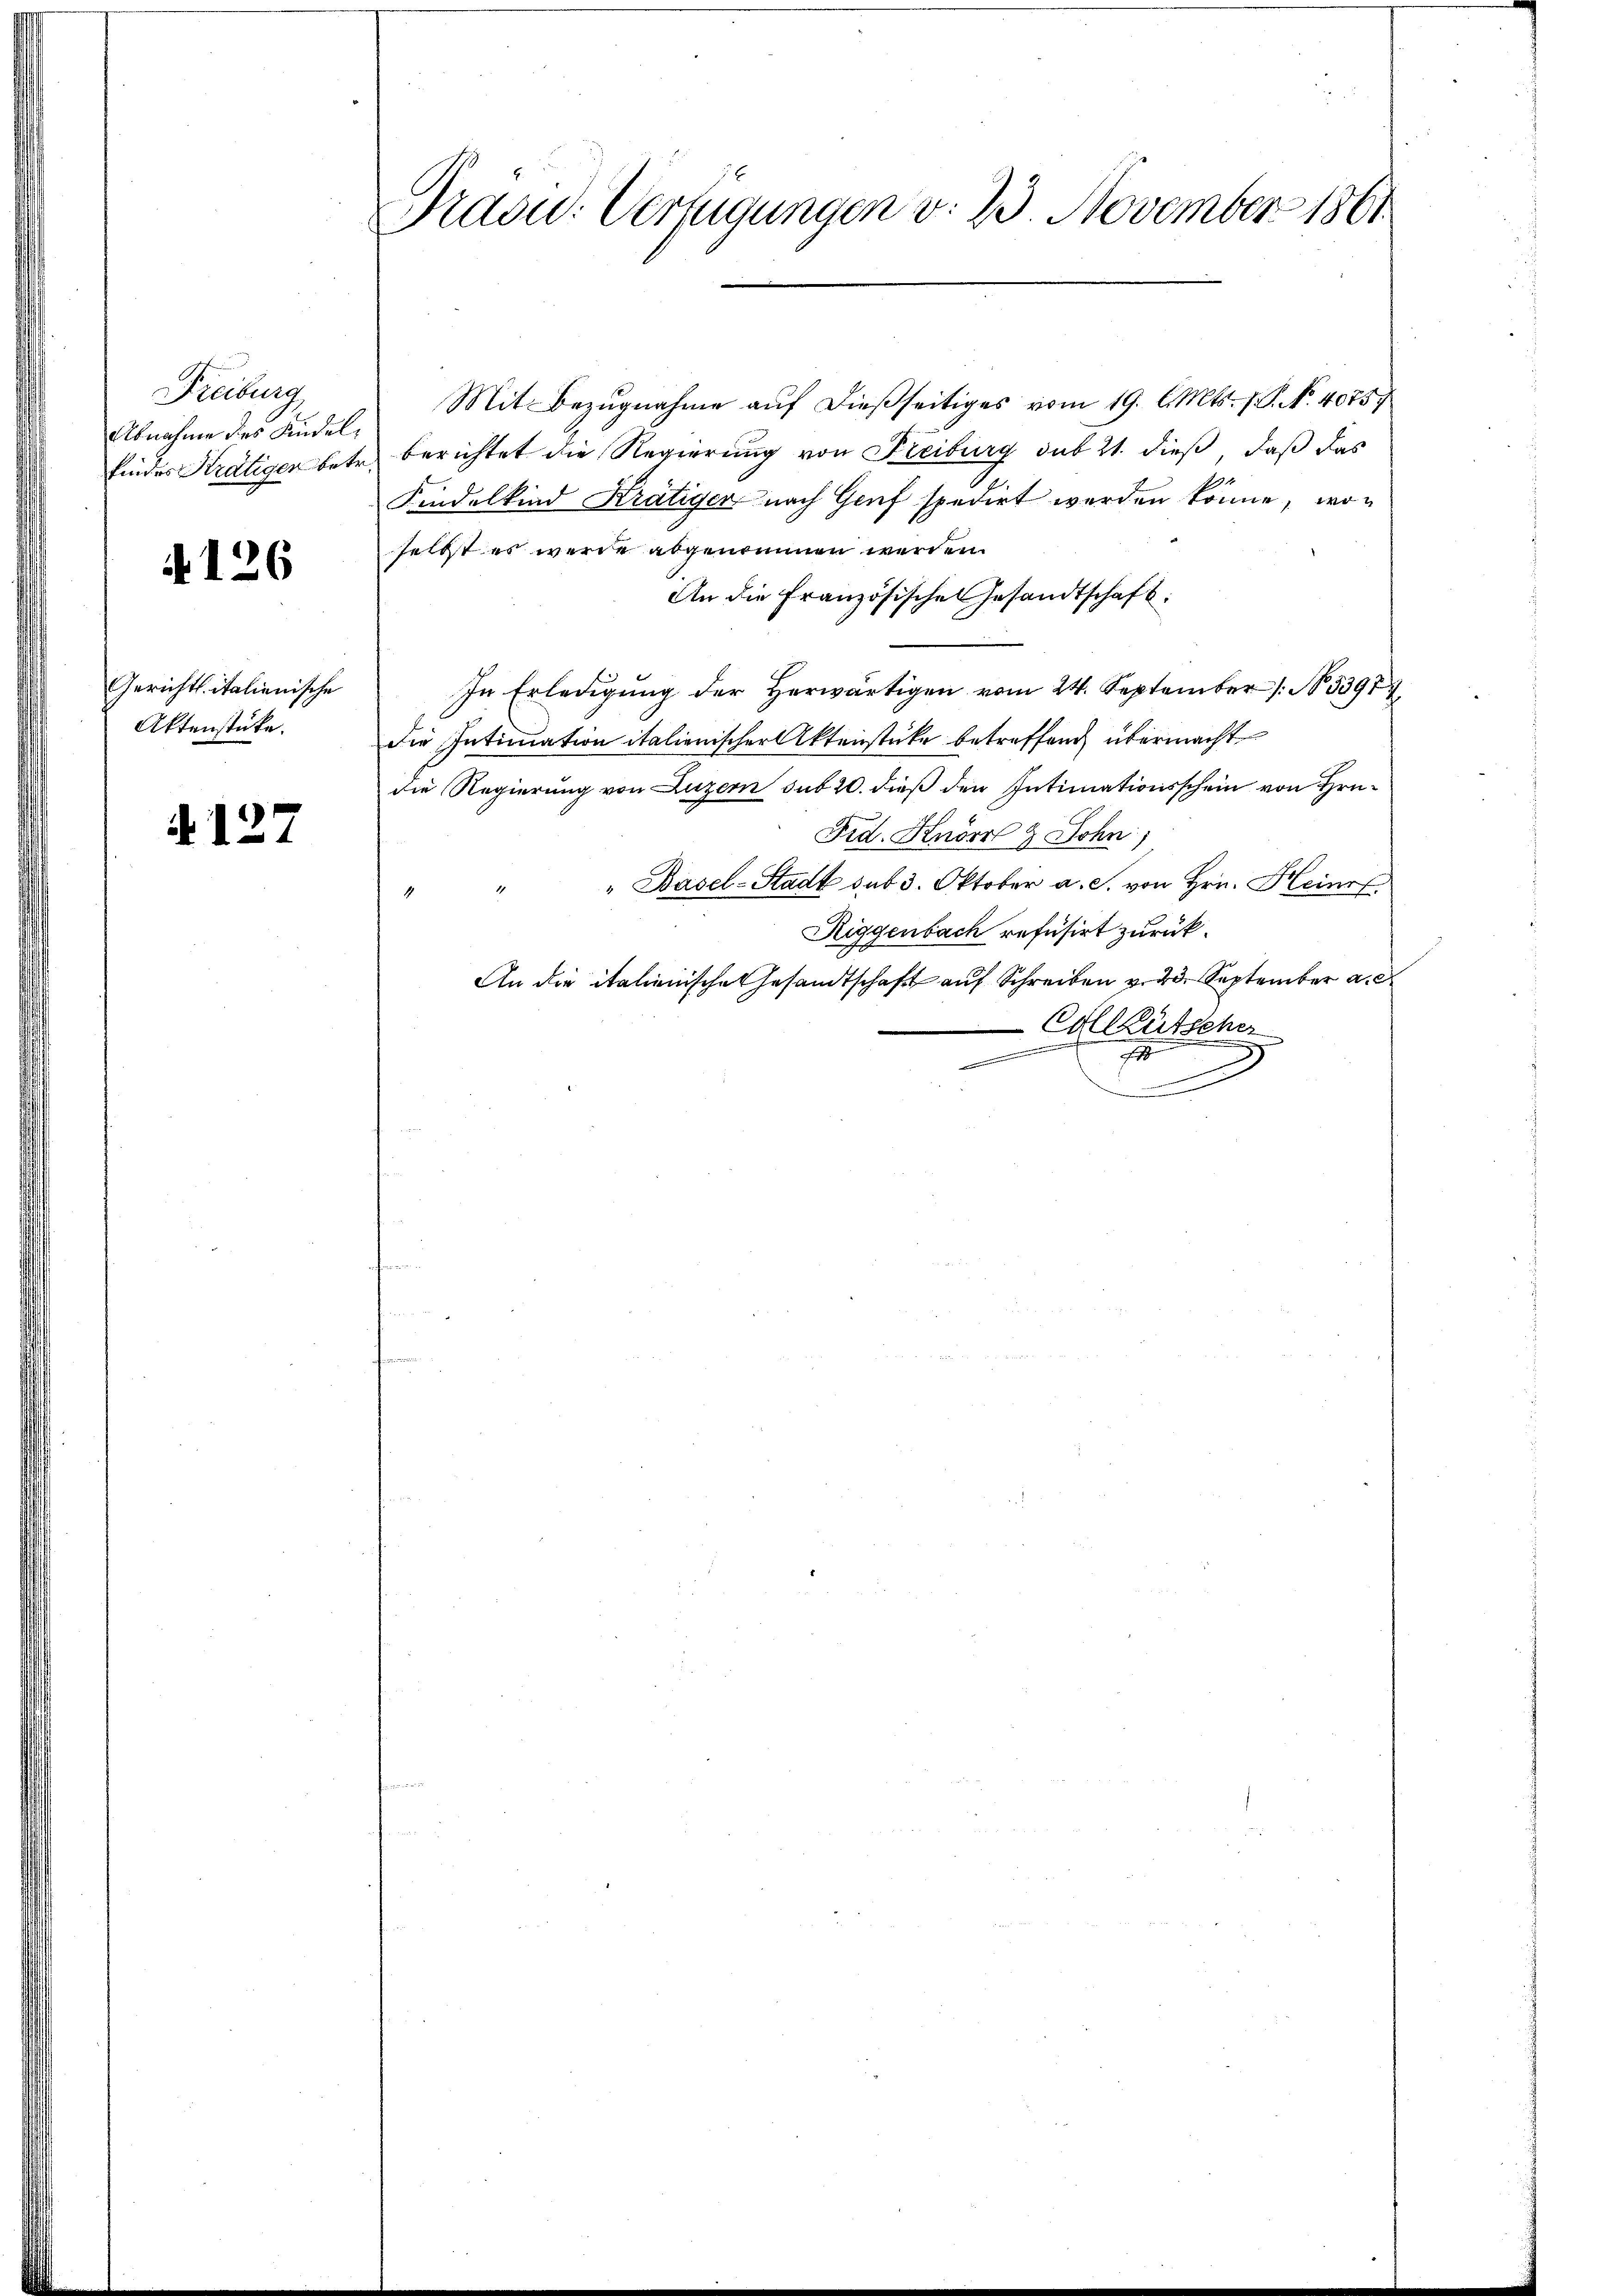
Freiburg
Abnahme des Kindel¬

A126

Gerichts italienische
Aktenstücke.

A 127

Präsid.: Verfügungen v. 23. November 1861

Mit Bezŭgnahme aŭf dießseitiges vom 19. l. Mts. f. S. N. 4075.
findes Krätiger betr. berichtet die Regierung von Freiburg sub 21. dieß, daß das
Findelkind Krätiger nach Genf spedirt werden könne, woselbst es wurde abgenommen werden.
An die Französische Gesandtschaft.
In Erledigung der Herwärtigen vom 24. September /: No 33977
die Intimation italienischer Aktenstücke betreffend übermacht
die Regierung von Luzern sub 20. dieß den Intimationsschein von Hrn.
Frd. Knorr & John;
"Basel-Stadt sub 3. Oktober a. S. von Hrn. Heinr
.
Riggenbach refusirt zurück.
An die italienische Gesandtschaft auf Schreiben v. 23. September a.
Cillütscher
.
1
e
.